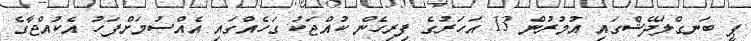
ޕީ ބަނގްލަދޭޝްގައި އުމުރުން 13 އަހަރުގެ ފިރިހެން ކުއްޖަކު ގަހެއްގައި އެއްސުމަށްފަހު އެކުއްޖާގެ